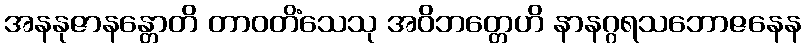
အနနုဇာနန္တောတိ တာဝတိံသေသု အဝိဘတ္တေဟိ နာနဂ္ဂရသဘောဇနေန